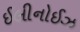
ઈલીનોઈઝ